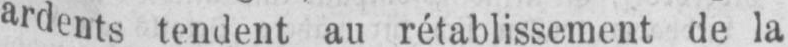
ardents tendent au rétablissement de la